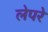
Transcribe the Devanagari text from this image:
लेपरे